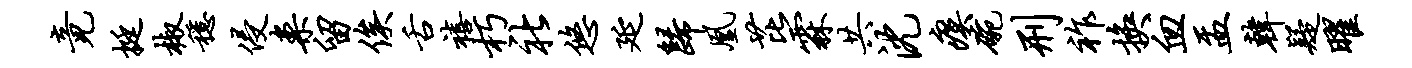
竟挺椒稳侵案留俟舌禧朽社悠延归凰芘霖共沈瘼碗刑祚换血盂韩疑曜